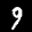
Digit: 9